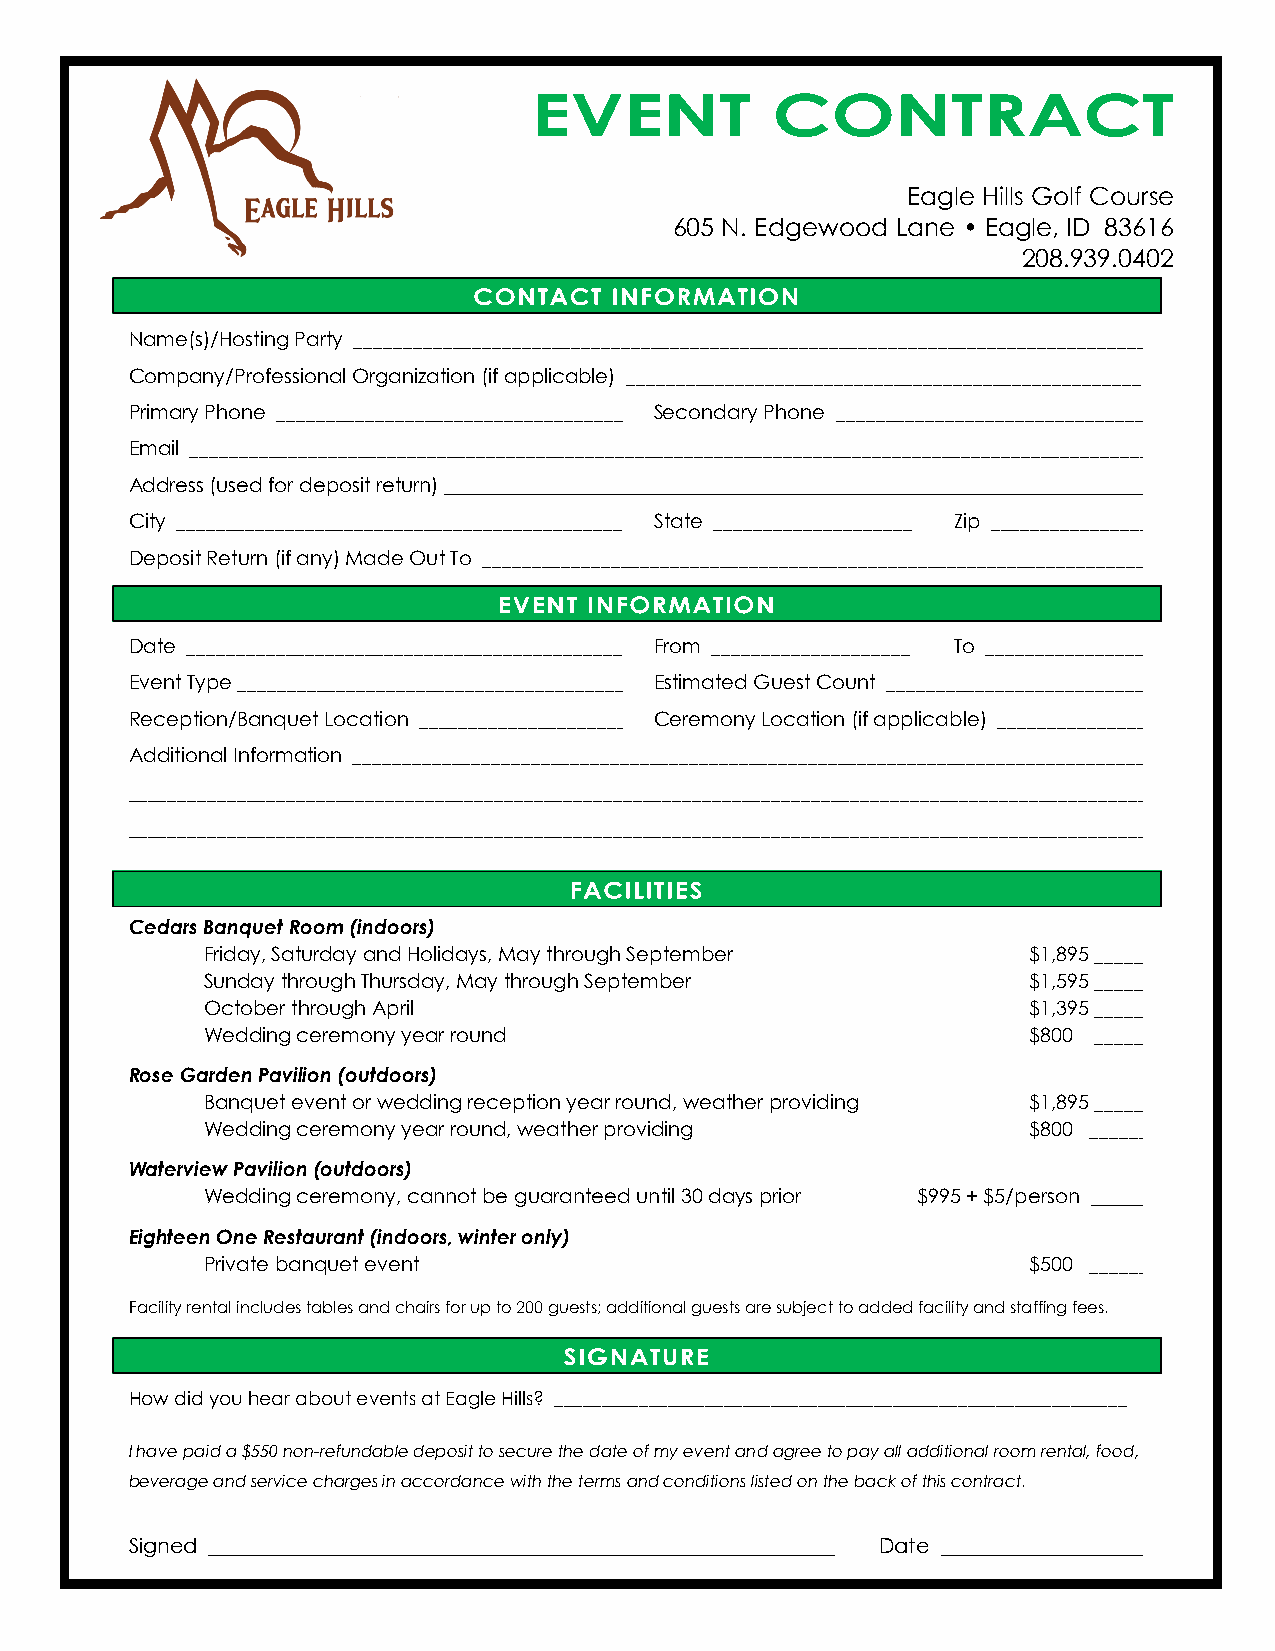
Eagle Hills Golf Course
 605 N. Edgewood Lane • Eagle, ID 83616
 208.939.0402
 Name(s)/Hosting Party ________________________________________________________________________________
 Company/Professional Organization (if applicable) ____________________________________________________
 Primary Phone ___________________________________ Secondary Phone ________________________________
 Email __________________________________________________________________________________________________
 Address (used for deposit return) _______________________________________________________________________
 City _____________________________________________ State ____________________ Zip _________________
 Deposit Return (if any) Made Out To ____________________________________________________________________
 Date ____________________________________________ From ____________________ To ________________
 Event Type _______________________________________ Estimated Guest Count ___________________________
 Reception/Banquet Location _______________________ Ceremony Location (if applicable) __________________
 Additional Information _________________________________________________________________________________
 ________________________________________________________________________________________________________
 ________________________________________________________________________________________________________
 _______________________________________________________________________________________________________
 Cedars Banquet Room (indoors)
 Friday, Saturday and Holidays, May through September   $1,895 _______
 Sunday through Thursday, May through September         $1,595 ______
 October through April                                  $1,395 ______
 Wedding ceremony year round                            $800 ______
 Rose Garden Pavilion (outdoors)
 Banquet event or wedding reception year round, weather providing $1,895 ______
 Wedding ceremony year round, weather providing         $800 ______
 Waterview Pavilion (outdoors)
 Wedding ceremony, cannot be guaranteed until 30 days prior $995 + $5/person ______
 Eighteen One Restaurant (indoors, winter only)
 Private banquet event                                  $500 ______
 Facility rental includes tables and chairs for up to 200 guests; additional guests are subject to added facility and staffing fees.
 How did you hear about events at Eagle Hills? _____________________________________________________________
 I have paid a $550 non-refundable deposit to secure the date of my event and agree to pay all additional room rental, food,
 beverage and service charges in accordance with the terms and conditions listed on the back of this contract.
 Signed ____________________________________________________________ Date ____________________